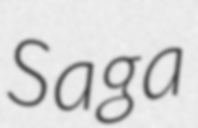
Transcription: Saga